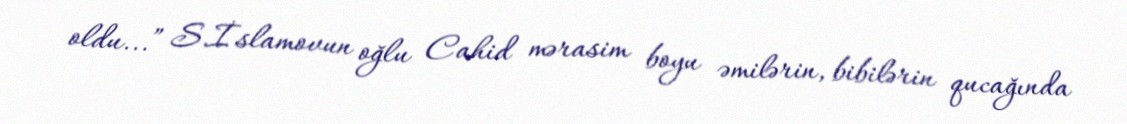
oldu...” S.İslamovun oğlu Cahid mərasim boyu əmilərin, bibilərin qucağında